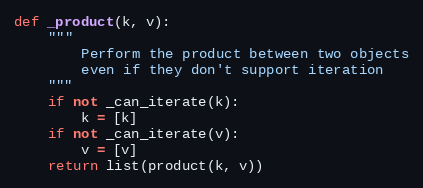
Language: Python
def _product(k, v):
    """
        Perform the product between two objects
        even if they don't support iteration
    """
    if not _can_iterate(k):
        k = [k]
    if not _can_iterate(v):
        v = [v]
    return list(product(k, v))